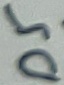
Text: D5